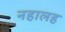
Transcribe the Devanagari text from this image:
नहालह